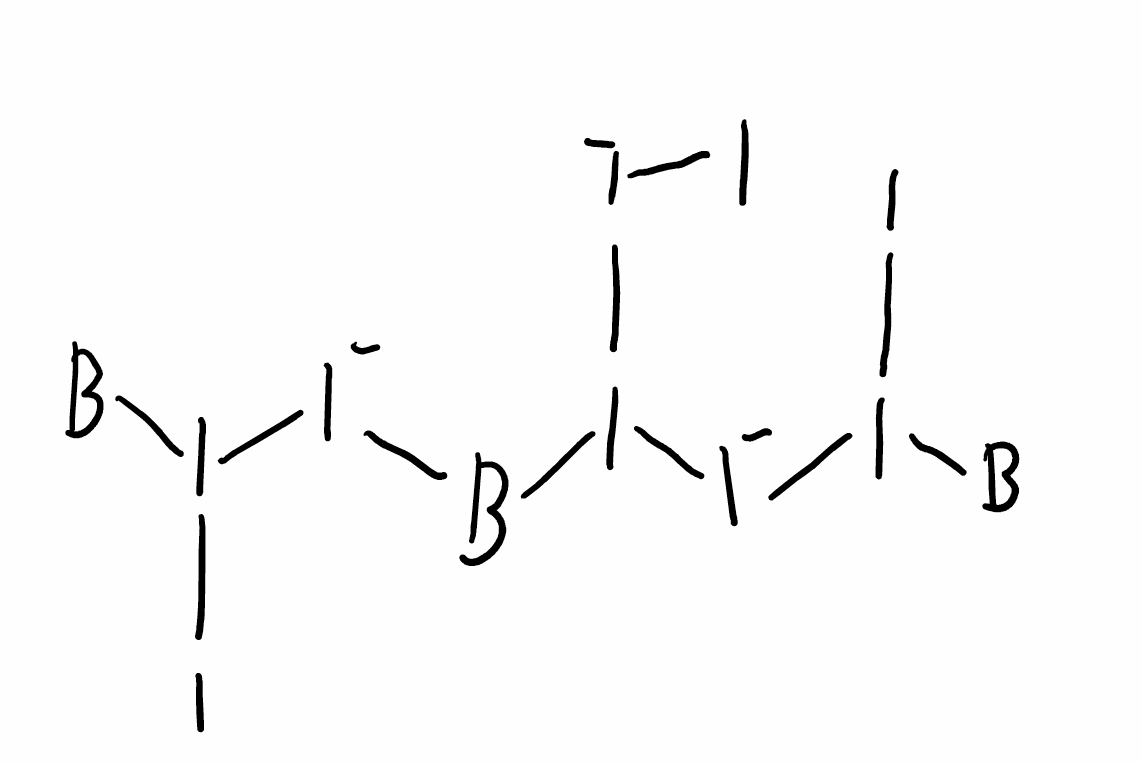
Simplified molecular-input line-entry system (SMILES) notation of the given molecule:
[B]I(I)[I-][B]I([I-]I)[I-]I([B])I